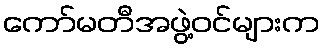
ကော်မတီအဖွဲ့ဝင်များက